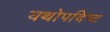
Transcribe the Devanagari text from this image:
यथोपदिष्ट